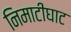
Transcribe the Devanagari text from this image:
निमाटीघाट